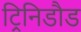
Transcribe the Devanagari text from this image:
ट्रिनिडौड